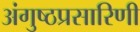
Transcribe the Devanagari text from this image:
अंगुष्ठप्रसारिणी